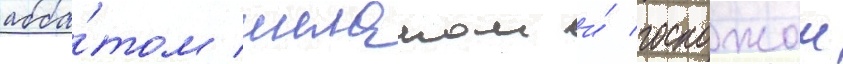
абба́том шеланом и́ госпожои